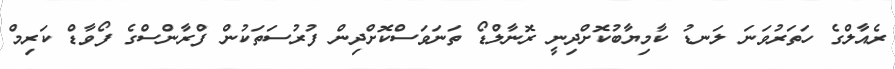
ރެއާލްގެ ހަތަރުވަނަ ލަނޑު ކާމިޔާބުކޮށްދިނީ ރޮނާލްޑޯ ތަނަވަސްކޮށްދިން ފުރުސަތަކުން ފްރާންސްގެ ފޯވާޑް ކަރިމް